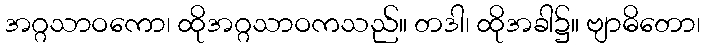
အဂ္ဂသာဝကော၊ ထိုအဂ္ဂသာဝကသည်။ တဒါ၊ ထိုအခါ၌။ ဗျာဓိတော၊